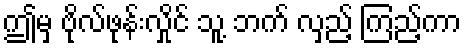
ဤမှ ဗိုလ်ဖုန်းလှိုင် သူ့ ဘက် လှည့် ကြည့်ကာ